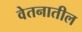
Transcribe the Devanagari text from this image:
वेतनातील